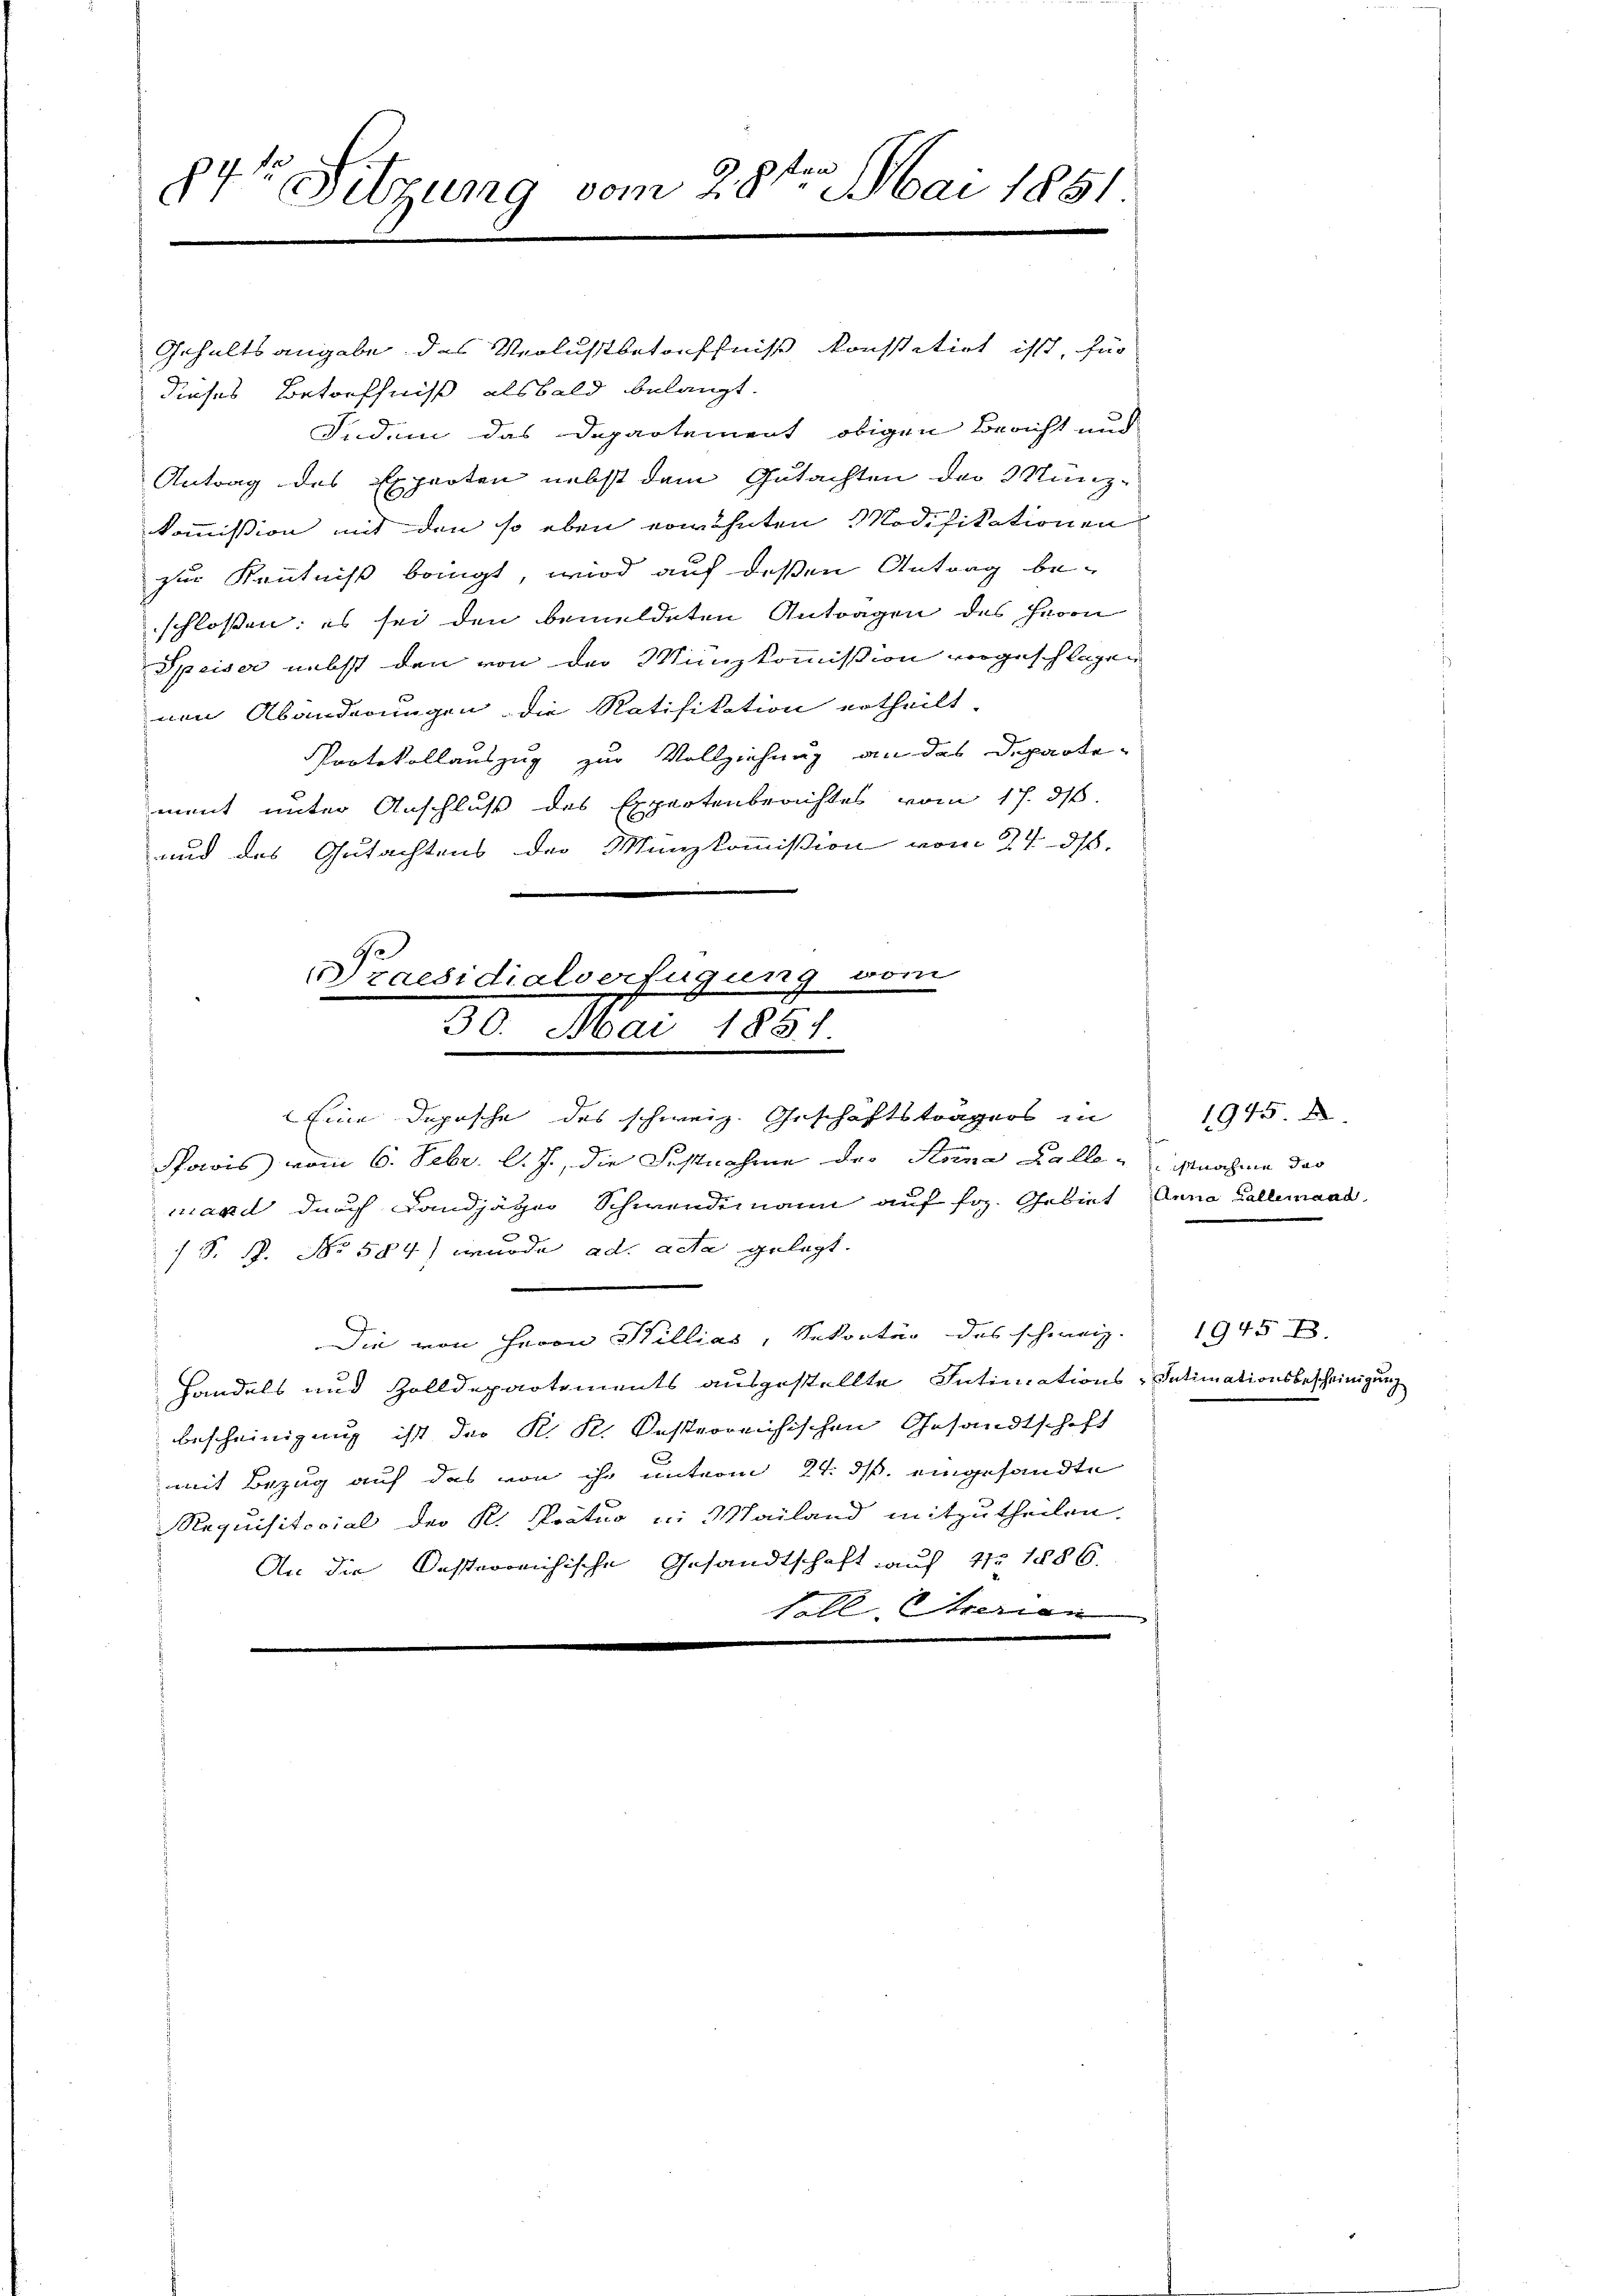
f
4te Sitzung vom 28ten Mai 1851.

Gehaltsangabe des Verlustbetreffnis konstitirt isst, für
dieses Betreffniß alsbald belangt.
Indem das Departement obigen Bracht und
Antrag des Experten nebst dem Gutachten der Münz-
kommission mit den so eben erwähnten Modifikationen
zur Kenntniß bringt, wird auf deßen Antrag be-
schlossen: es sei den bemeldeten Antragen des Herrn
Speiser nebst den von der Münzkommission vorgeschlagen
nen Abänderungen die Ratifikation ertheilt.
Protokollauszug zur Vollziehung an das Departe-
ment unter Anschluß des Expertenberichtes vom 17. 316.
und des Gutachtens der Münzkommißion vom 24. ds.
raesidialverfügung vom
.
30. Mai 1851
Eine Depesche des schweiz. Geschäftsträgers in
Powis vom 6. Febr. l. J., die Festnahme der Anna Kalle nahme das
mand durch Landjäger Schwendemann auf fr. Gebiet
e
 S. R. No 584) wurde ad acta gelegt.
Die von Herrn Willias, Sekonter des schweiz.
Handels und Zolldepartements ausgestellte Intimations-Intimationsbescheinigung
bescheinigung ist der K. R. Kosterreichischen Gesandtschaft
s
mit Bezug auf das von ihr unterm 24. ds. eingesandte
Requisitorial der K. Pratur in Mailand mitzutheilen.
An die Oesterreichische Gesandtschaft auf 11 1886.

1945. D
Anna Kallemand

1945 B.